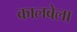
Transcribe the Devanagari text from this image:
कालबेला